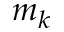
m _ { k }